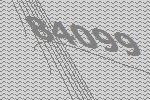
84099